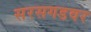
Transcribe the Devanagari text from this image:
सरसगडवर